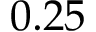
0 . 2 5